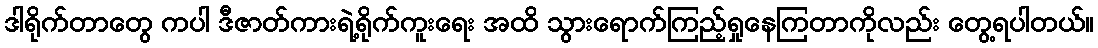
ဒါရိုက်တာတွေ ကပါ ဒီဇာတ်ကားရဲ့ရိုက်ကူးရေး အထိ သွားရောက်ကြည့်ရှုနေကြတာကိုလည်း တွေ့ရပါတယ်။